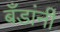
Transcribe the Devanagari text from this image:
बँडांनी